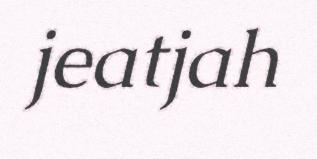
jeatjah